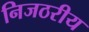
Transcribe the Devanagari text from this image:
निजठरीय